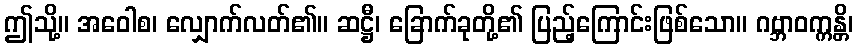
ဤသို့။ အဝေါစ၊ လျှောက်လတ်၏။ ဆဋ္ဌီ၊ ခြောက်ခုတို့၏ ပြည့်ကြောင်းဖြစ်သော။ ဂဗ္ဘာဝက္ကန္တိ၊